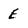
Character: E